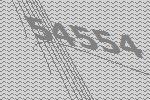
54554